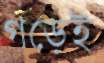
গড়েই